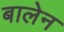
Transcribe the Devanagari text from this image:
बालेन